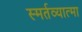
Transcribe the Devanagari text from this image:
स्मर्तव्यात्मा